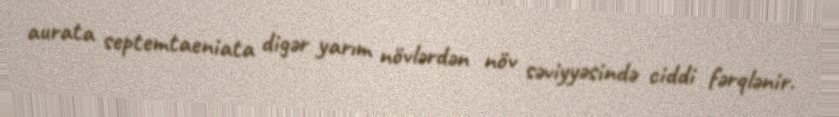
aurata septemtaeniata digər yarım növlərdən növ səviyyəsində ciddi fərqlənir.